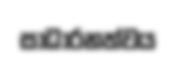
සාධාරනත්වය